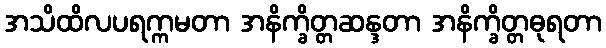
အသိထိလပရက္ကမတာ အနိက္ခိတ္တဆန္ဒတာ အနိက္ခိတ္တဓုရတာ